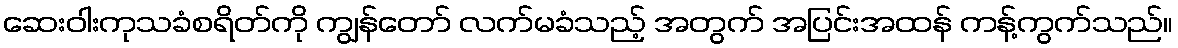
ဆေးဝါးကုသခံစရိတ်ကို ကျွန်တော် လက်မခံသည့် အတွက် အပြင်းအထန် ကန့်ကွက်သည်။